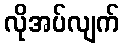
လိုအပ်လျက်